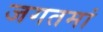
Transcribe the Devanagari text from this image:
जगतमां